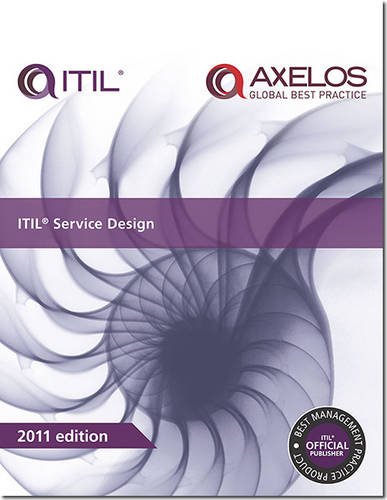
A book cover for ITIL Service Design; Lou Hunnebeck; Computers & Technology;